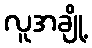
လူအချို့